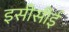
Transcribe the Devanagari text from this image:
इसीसीई